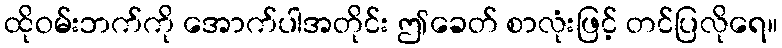
ထိုဝမ်းဘက်ကို အောက်ပါအတိုင်း ဤခေတ် စာလုံးဖြင့် တင်ပြလိုရေ။